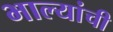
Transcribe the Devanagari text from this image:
भाल्यांची